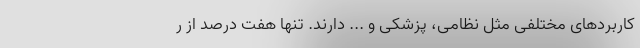
کاربردهای مختلفی مثل نظامی، پزشکی و ... دارند. تنها هفت درصد از ر